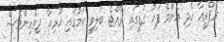
ރެފްރީއާ ހެދި އެންމެ ފަހު ގަޑީގައި ރާއްޖެ ބަލިވީ ކަމުގައި ހުރިހާ ދިވެހިންވެސް